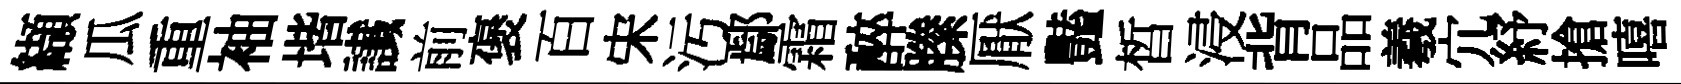
纈瓜重袖堦䜟前褒百宋污鄢霜醉縢厭豔晳浸背品羲宂紓搶嘻